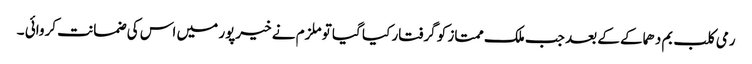
رمی کلب بم دھماکے کے بعد جب ملک ممتاز کو گرفتار کیا گیا تو ملزم نے خیرپور میں اس کی ضمانت کروائی ۔